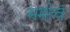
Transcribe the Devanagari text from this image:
मर्मत्वं